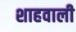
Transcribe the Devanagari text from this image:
शाहवाली